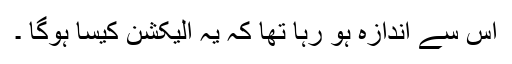
اس سے اندازہ ہو رہا تھا کہ یہ الیکشن کیسا ہوگا ۔